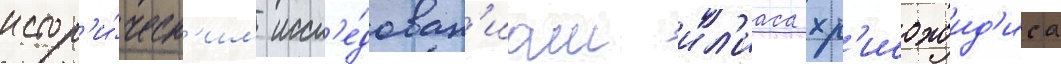
истор'и́ческ'им иссл'е́дован'иам ил'иаса хр'исохоид'иса